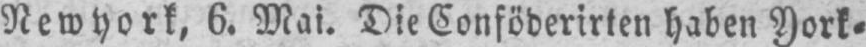
Newyork, 6. Mai. Die Conföderirten haben York⸗